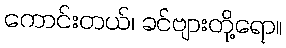
ကောင်းတယ်၊ ခင်ဗျားတို့ရော။